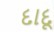
દાદૂ